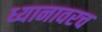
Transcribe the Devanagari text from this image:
ध्यानावरच